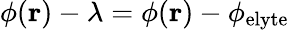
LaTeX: \phi(\mathbf{r})-\lambda=\phi(\mathbf{r})-\phi_{\mathrm{elyte}}